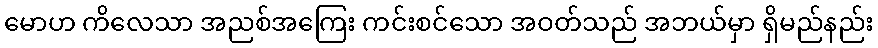
မောဟ ကိလေသာ အညစ်အကြေး ကင်းစင်သော အဝတ်သည် အဘယ်မှာ ရှိမည်နည်း